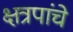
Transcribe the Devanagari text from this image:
क्षत्रपांचे